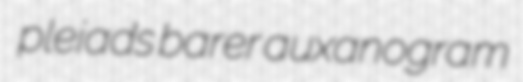
pleiads barer auxanogram